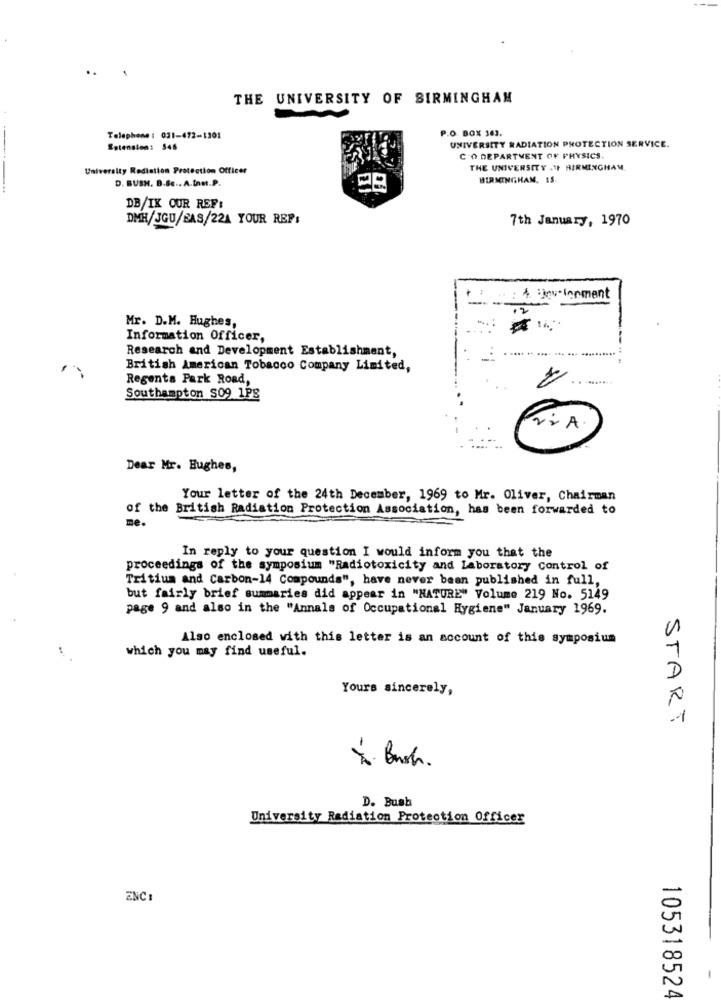
THE UNIVERSITY OF BIRMINGHAM
P.O. BOX 363.
Telephone : 031-472-1301
Entension: 346
UNIVERSITY RADIATION PROTECTION SERVICE.
C 'O DEPARTMENT OF PHYSICS
University Radiation Protection Officer
THE UNIVERSITY .1F RIRMINGHAM.
D. BUSH. B.B ... A.Inst.P.
BIRMINGHAM, IS.
DB/IX OUR REF:
DMH/JGU/BAS/221 YOUR REP:
7th January, 1970
. : 4. jevelopment
Mr. D.M. Hughes,
Information Officer,
--
Research and Development Establishment,
British American Tobacco Company Limited,
Regents Park Road,
.. ........
Southampton S09 1PS
Dear Mr. Hughes,
Your letter of the 24th December, 1969 to Mr. Oliver, Chairman
of the British Radiation Protection Association, has been forwarded to
me.
In reply to your question I would inform you that the
proceedings of the symposium "Radiotoxicity and Laboratory Control of
Tritium and Carbon-14 Compounds", have never been published in full,
but fairly brief summaries did appear in "NATURE" Volume 219 No. 5149
page 9 and also in the "Annals of Occupational Hygiene" January 1969.
Also enclosed with this letter is an account of this symposium
1
which you may find useful.
D
Yours sincerely,
-1
START
x. Bush.
D. Bush
University Radiation Protection Officer
ENC :
105318524